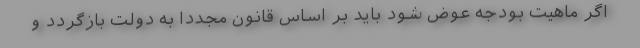
اگر ماهیت بودجه عوض شود باید بر اساس قانون مجددا به دولت بازگردد و